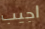
اجيب